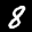
Label: 8